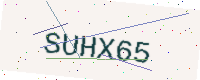
Text: SUHX65